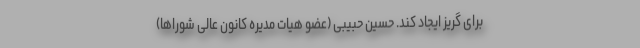
برای گریز ایجاد کند. حسین حبیبی (عضو هیات مدیره کانون عالی شوراها)